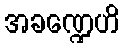
အခဏ္ဍေဟိ